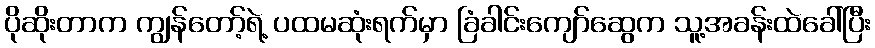
ပိုဆိုးတာက ကျွန်တော့်ရဲ့ ပထမဆုံးရက်မှာ ခြံခါင်းကျော်ဆွေက သူ့အခန်းထဲခေါ်ပြီး